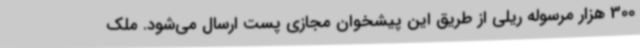
300 هزار مرسوله ریلی از طریق این پیشخوان مجازی پست ارسال می‌شود. ملک